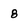
Character: 8